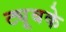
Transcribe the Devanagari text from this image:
ट्यूबके